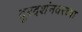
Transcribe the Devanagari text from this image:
दूरदर्शनवरच्या